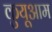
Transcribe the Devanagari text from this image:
कुयूआम